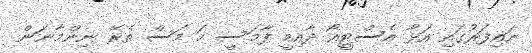
ނައިފަރުގައި އަޅާ އެސްޓީއޯ ދާއިމީ ފާމަސީ ހަ މަސް ތެރޭ ނިންމާނަން